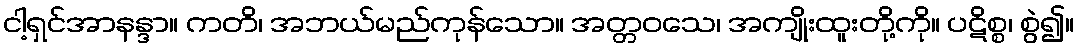
ငါ့ရှင်အာနန္ဒာ။ ကတိ၊ အဘယ်မည်ကုန်သော။ အတ္တဝသေ၊ အကျိုးထူးတို့ကို။ ပဋိစ္စ၊ စွဲ၍။